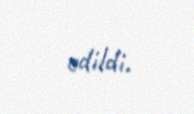
edildi.